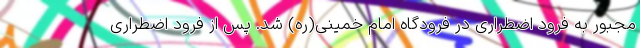
مجبور به فرود اضطراری در فرودگاه امام خمینی(ره) شد. پس از فرود اضطراری